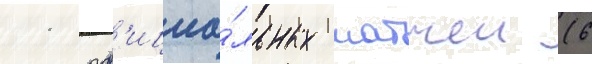
11 оф'ициа́льных матчеи (6